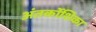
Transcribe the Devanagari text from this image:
अंतर्कोशिका